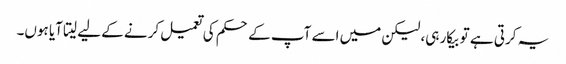
یہ کرتی ہے تو بیکار ہی، لیکن میں اسے آپ کے حکم کی تعمیل کرنے کے لیے لیتا آیا ہوں۔